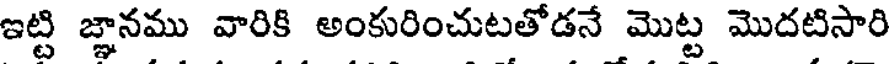
ఇట్టి జ్ఞానము వారికి అంకురించుటతోడనే మొట్ట మొదటిసారి